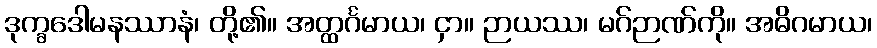
ဒုက္ခဒေါမနဿာနံ၊ တို့၏။ အတ္ထင်္ဂမာယ၊ ငှာ။ ဉာယဿ၊ မဂ်ဉာဏ်ကို။ အဓိဂမာယ၊